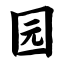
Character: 园